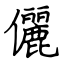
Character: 儷